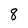
Character: 8